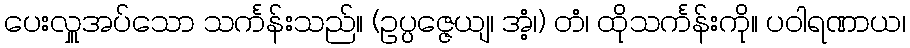
ပေးလှူအပ်သော သင်္ကန်းသည်။ (ဥပ္ပဇ္ဇေယျ၊ အံ့၊) တံ၊ ထိုသင်္ကန်းကို။ ပဝါရဏာယ၊